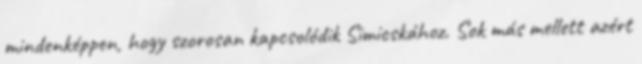
mindenképpen, hogy szorosan kapcsolódik Simicskához. Sok más mellett azért